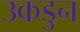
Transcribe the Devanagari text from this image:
उकडुन